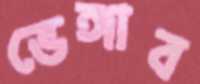
ভেঙ্গাব